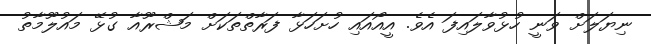
ނިޔަލަށް ވަނީ ހުޅުވާލައިފަ އެވެ. އީއޯއައި ހުށަހަޅާ ފަރާތްތަކަށް މަޝްރޫއާ ގުޅޭ މައުލޫމާތު